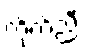
ကိုက်ညီ